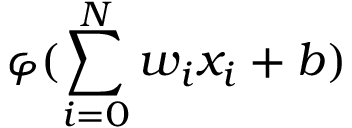
\varphi ( \sum _ { i = 0 } ^ { N } w _ { i } x _ { i } + b )